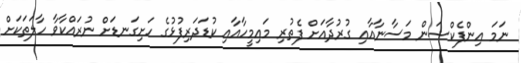
ނަމަ އިންފެކްޝަން މަސާނާއާއި ގުރުދާއަށް ފެތުރި މައިމީހާއާއި ކުޑަދަރިފުޅުގެ ހަށިގަނޑަށް ނުރައްކާވާ ހާލަތަކަށް